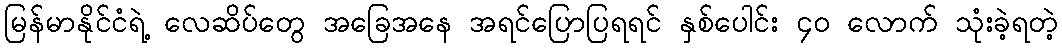
မြန်မာနိုင်ငံရဲ့ လေဆိပ်တွေ အခြေအနေ အရင်ပြောပြရရင် နှစ်ပေါင်း ၄၀ လောက် သုံးခဲ့ရတဲ့